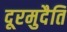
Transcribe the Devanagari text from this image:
दूरमुदैति